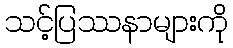
သင့်ပြဿနာများကို